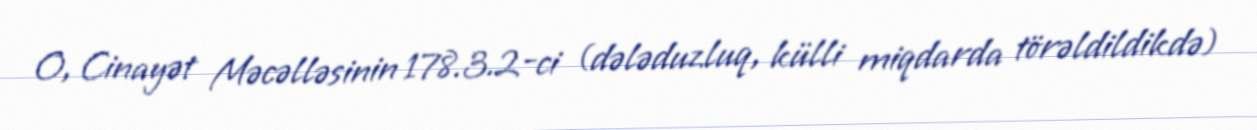
O, Cinayət Məcəlləsinin 178.3.2-ci (dələduzluq, külli miqdarda törəldildikdə)